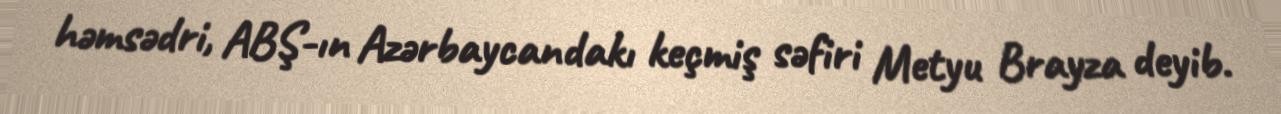
həmsədri, ABŞ-ın Azərbaycandakı keçmiş səfiri Metyu Brayza deyib.